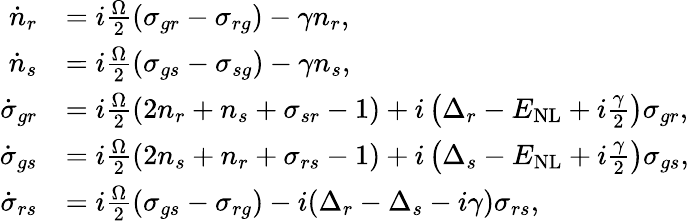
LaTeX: \begin{array}{rl}{\dot{n}_{r}}&{=i\frac{\Omega}{2}({\sigma}_{gr}-{\sigma}_{rg})-\gamma{n}_{r},}\\ {\dot{n}_{s}}&{=i\frac{\Omega}{2}({\sigma}_{gs}-{\sigma}_{sg})-\gamma{n}_{s},}\\ {\dot{\sigma}_{gr}}&{=i\frac{\Omega}{2}(2{n}_{r}+{n}_{s}+{\sigma}_{sr}-1)+i\left(\Delta_{r}-E_{\mathrm{NL}}+i\frac{\gamma}{2}\right){\sigma}_{gr},}\\ {\dot{\sigma}_{gs}}&{=i\frac{\Omega}{2}(2{n}_{s}+{n}_{r}+{\sigma}_{rs}-1)+i\left(\Delta_{s}-E_{\mathrm{NL}}+i\frac{\gamma}{2}\right){\sigma}_{gs},}\\ {\dot{\sigma}_{rs}}&{=i\frac{\Omega}{2}({\sigma}_{gs}-{\sigma}_{rg})-i(\Delta_{r}-\Delta_{s}-i{\gamma}){\sigma}_{rs},}\end{array}